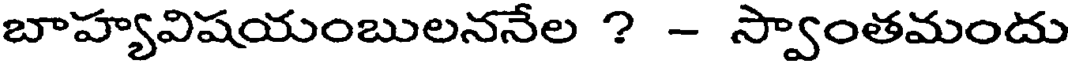
బాహ్యవిషయంబులననేల ? - స్వాంతమందు